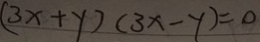
( 3 x + y ) ( 3 x - y ) = 0